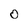
Character: O